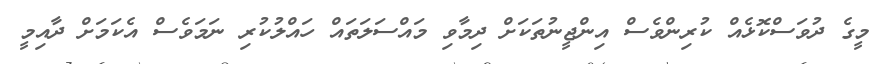
މީގެ ދުވަސްކޮޅެއް ކުރިންވެސް އިންޖީނުތަކަށް ދިމާވި މައްސަލަތައް ހައްލުކުރި ނަމަވެސް އެކަމަށް ދާއިމީ